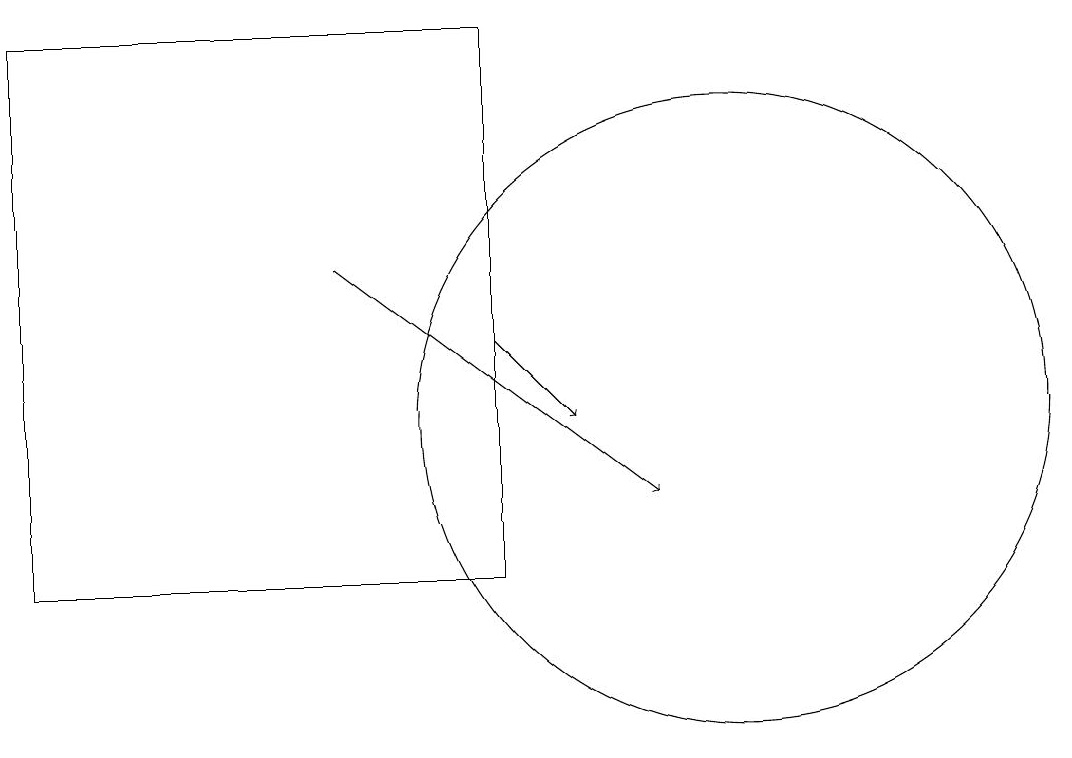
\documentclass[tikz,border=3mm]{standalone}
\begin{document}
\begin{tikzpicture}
\draw[->] (5,14) -- (9,11);
\draw[->] (7,13) -- (8,12);
\draw (7,10) rectangle (1,17);
\draw (10,12) circle (4);
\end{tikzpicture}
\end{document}